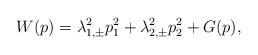
LaTeX: \begin{align*}W(p) = \lambda_{1,\pm}^2 p_1^2 + \lambda_{2,\pm}^2 p_2^2 + G(p),\end{align*}